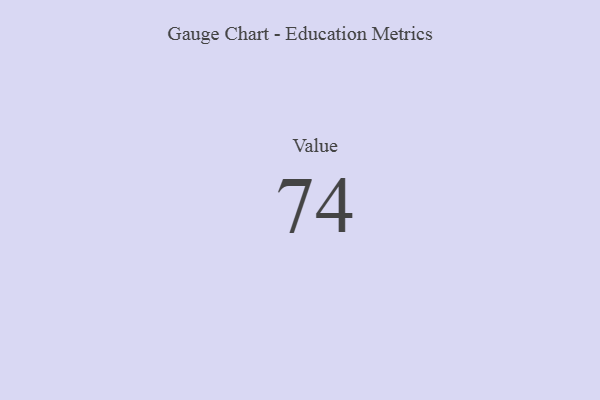
{"axis": {"x": "Metric", "y": "Value"}, "legend": [""], "data": [{"x": "Value", "y": 74, "type": ""}]}